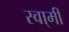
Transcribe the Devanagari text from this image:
स्वा्मी